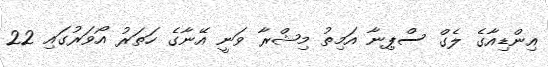
އިންޑިއާގެ ލެގް ސްޕިނާ އަމިތު މިޝްރާ ވަނީ އޭނާގެ ހަތަރު އޯވަރުގައި 22